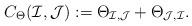
LaTeX: \begin{align*} C_\Theta({\mathcal{I}},{\mathcal{J}}):=\Theta _{{\mathcal{I}},{\mathcal{J}}}+\Theta_{{\mathcal{J}},{\mathcal{I}}}.\end{align*}